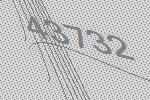
43732